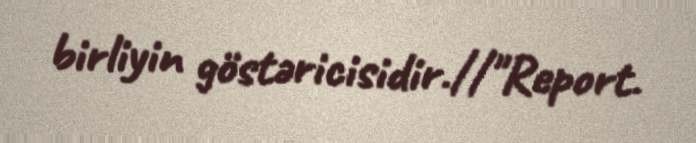
birliyin göstəricisidir.//"Report.